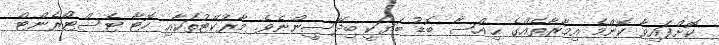
ކޮށްފައިވާ ކޮންމެ އިމާރާތެއްގެ ޙިއްސާ ބޮޑު ބަޔަކީ ބިދޭސީންނެވެ. މާރުކޭޓުތަކާއި ހޮޓާ ޓެސްޓޯރެންޓް